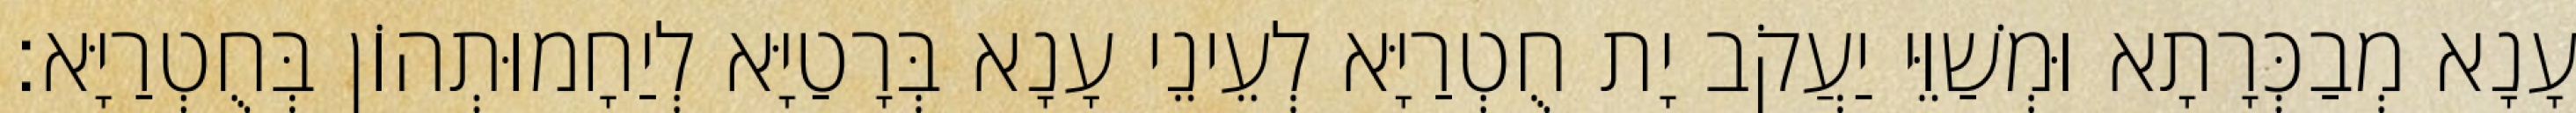
עָנָא מְבַכְּרָתָא וּמְשַׁוֵּי יַעֲקֹב יָת חֻטְרַיָּא לְעֵינֵי עָנָא בְּרָטַיָּא לְיַחָמוּתְהוֹן בְּחֻטְרַיָּא׃